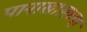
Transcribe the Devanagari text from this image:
पानाखालच्या